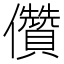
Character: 儹